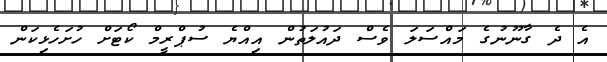
އެ ދެ ގާނޫނުގެ މައްސަލަ ވެސް ދައުލަތުން އިއްޔެ ސުޕްރީމް ކޯޓަށް ހުށަހެޅިކަން